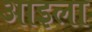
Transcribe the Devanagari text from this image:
आइला